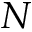
N